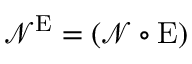
\mathcal { N } ^ { \mathrm { E } } = ( \mathcal { N } \circ \mathrm { E } )